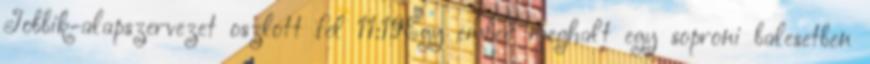
Jobbik-alapszervezet oszlott fel 11:19Egy ember meghalt egy soproni balesetben